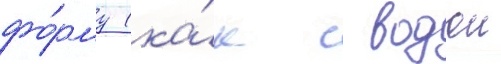
фо́рму (ка́к с водои